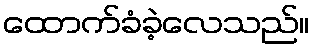
ထောက်ခံခဲ့လေသည်။